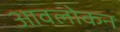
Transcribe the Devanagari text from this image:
आवलोकन